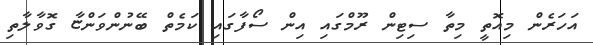
އަހަރެން މިއޮތީ މިތާ ސިޓިން ރޫމްގައި އިން ސޯފާގައި ކަމެތް ބޭނުންވަންޏާ ގޮވާލާތި